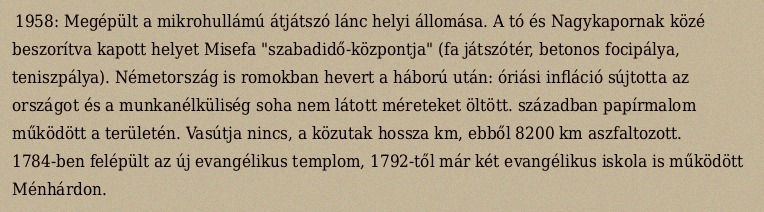
1958: Megépült a mikrohullámú átjátszó lánc helyi állomása. A tó és Nagykapornak közé beszorítva kapott helyet Misefa "szabadidő-központja" (fa játszótér, betonos focipálya, teniszpálya). Németország is romokban hevert a háború után: óriási infláció sújtotta az országot és a munkanélküliség soha nem látott méreteket öltött. században papírmalom működött a területén. Vasútja nincs, a közutak hossza  km, ebből 8200 km aszfaltozott. 1784-ben felépült az új evangélikus templom, 1792-től már két evangélikus iskola is működött Ménhárdon.